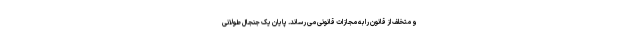
و متخلف از قانون را به مجازات قانونی می رساند. پایان یک جنجال طولانی